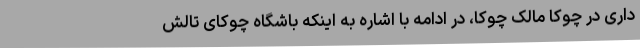
داری در چوکا مالک چوکا، در ادامه با اشاره به اینکه باشگاه چوکای تالش